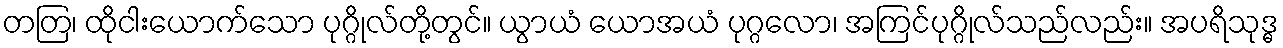
တတြ၊ ထိုငါးယောက်သော ပုဂ္ဂိုလ်တို့တွင်။ ယွာယံ ယောအယံ ပုဂ္ဂလော၊ အကြင်ပုဂ္ဂိုလ်သည်လည်း။ အပရိသုဒ္ဓ